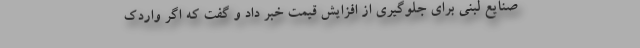
صنایع لبنی برای جلوگیری از افزایش قیمت خبر داد و گفت که اگر واردک